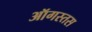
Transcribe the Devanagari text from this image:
ऑगस्तस